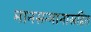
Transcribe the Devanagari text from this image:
मानसन्मानासहित